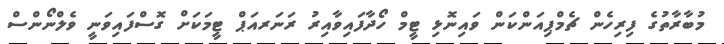
މުބާރާތުގެ ފިރިހެން ޗެމްޕިއަންކަން ވައިނޮޅި ޓީމް ހޯދާފައިވާއިރު ރަނަރއަޕް ޓީމަކަށް ގޮސްފައިވަނީ ވެލްނޯންސް